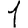
Digit: 1